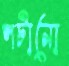
পটানো